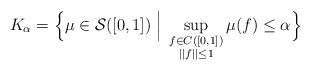
LaTeX: \begin{align*} K_\alpha = \Big \{\mu \in \mathcal{S}([0, 1]) \; \Big |\; \sup \limits_{\substack{f \in C([0, 1]) \\ ||f|| \le 1}} \mu(f) \le \alpha\Big \} \end{align*}